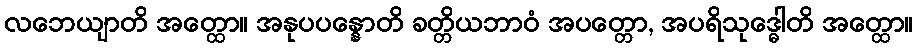
လဘေယျာတိ အတ္ထော။ အနုပပန္နောတိ ခတ္တိယဘာဝံ အပတ္တော, အပရိသုဒ္ဓေါတိ အတ္ထော။